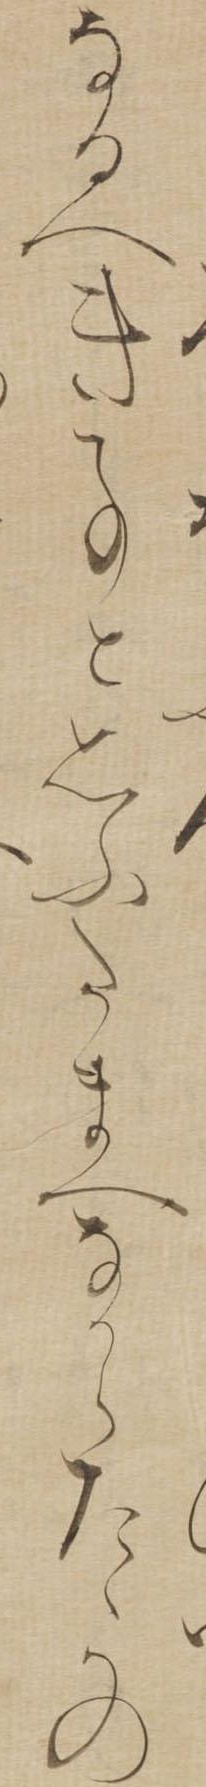
なるへき事と思ふたまへなからた〱かの